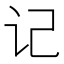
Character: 记